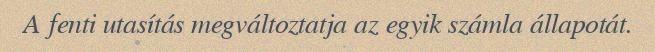
A fenti utasítás megváltoztatja az egyik számla állapotát.